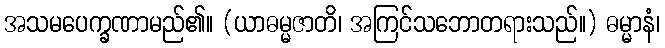
အသမပေက္ခဏာမည်၏။ (ယာဓမ္မဇာတိ၊ အကြင်သဘောတရားသည်။) ဓမ္မာနံ၊